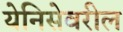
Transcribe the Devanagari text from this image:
येनिसेवरील